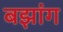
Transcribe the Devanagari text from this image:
बझांग